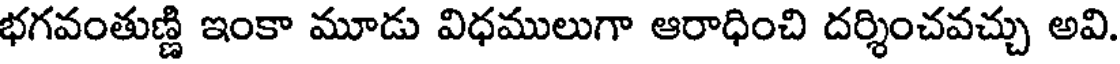
భగవంతుణ్ణి ఇంకా మూడు విధములుగా ఆరాధించి దర్శించవచ్చు అవి.